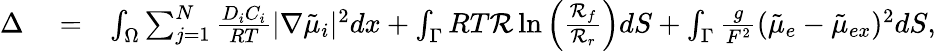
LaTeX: \begin{array}{rlr}{\Delta}&{{}=}&{\int_{\Omega}\sum_{j=1}^{N}\frac{D_{i}C_{i}}{RT}|\nabla\tilde{\mu}_{i}|^{2}dx+\int_{\Gamma}RT\mathcal{R}\ln\left(\frac{\mathcal{R}_{f}}{\mathcal{R}_{r}}\right)dS+\int_{\Gamma}\frac{g}{F^{2}}(\tilde{\mu}_{e}-\tilde{\mu}_{ex})^{2}dS,}\end{array}